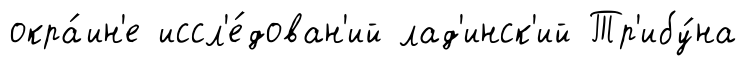
окра́ин'е иссл'е́дован'ий лад'инск'ий Тр'ибу́на